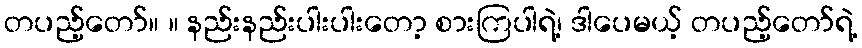
တပည့်တော်။ ။ နည်းနည်းပါးပါးတော့ စားကြပါရဲ့၊ ဒါပေမယ့် တပည့်တော်ရဲ့